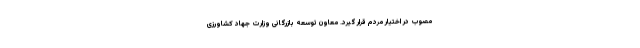
مصوب در اختیار مردم قرار گیرد. معاون توسعه بازرگانی وزارت جهاد کشاورزی